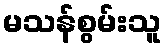
မသန်စွမ်းသူ